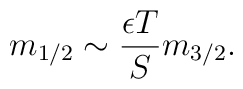
m_{1/2} \sim \frac{\epsilon T}{S} m_{3/2}.